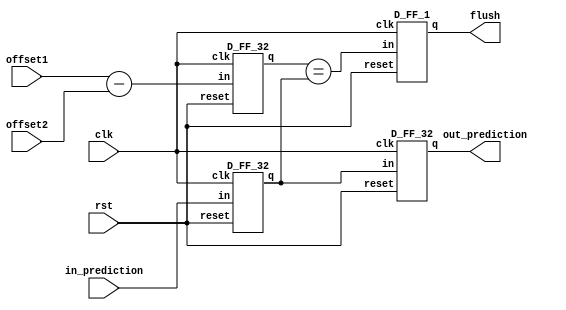
//NNZ/row prediction inspector

module NNZ_insp(offset1, offset2, in_prediction, out_prediction, flush, clk, rst);

    input [31:0] offset1;
    input [31:0] offset2;
    input [31:0] in_prediction;
    input clk;
    input rst;

    output [31:0] out_prediction;
    output flush;

    //stage 1
    wire [31:0] nnz;
    assign nnz = offset1 - offset2;

    wire [31:0] stage2_prediction;
    wire [31:0] stage2_nnz;
    D_FF_32 D1(stage2_prediction, in_prediction, clk, rst);
    D_FF_32 D2(stage2_nnz, nnz, clk, rst);

    //stage 2
    wire comparator;
    assign comparator = (stage2_nnz == stage2_prediction);

    wire [31:0] stage3_prediction;
    wire stage3_comparator;
    D_FF_32 D3(stage3_prediction, stage2_prediction, clk, rst);
    D_FF_1 D4(stage3_comparator, comparator, clk, rst); 

    //stage 3
    assign out_prediction = stage3_prediction;
    assign flush = stage3_comparator;
endmodule



module D_FF_32(q, in, clk, reset); //32bit delay for inputs
  	output [31:0] q;
  	input [31:0] in;
  	input clk, reset;

  	reg [31:0] q;

    	always @ (posedge clk)
  	  begin
      	   if(!reset)
             q <= 32'b0;
            else
             q <= in;
      end
endmodule

module D_FF_1(q, in, clk, reset); //32bit delay for inputs
  	output q;
  	input in;
  	input clk, reset;

  	reg q;

    	always @ (posedge clk)
  	  begin
      	   if(!reset)
             q <= 1'b0;
            else
             q <= in;
      end
endmodule